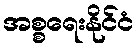
အစ္စရေးနိုင်ငံ